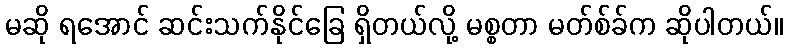
မဆို ရအောင် ဆင်းသက်နိုင်ခြေ ရှိတယ်လို့ မစ္စတာ မတ်စ်ခ်က ဆိုပါတယ်။